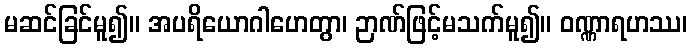
မဆင်ခြင်မူ၍။ အပရိယောဂါဟေတွာ၊ ဉာဏ်ဖြင့်မသက်မူ၍။ ဝဏ္ဏာရဟဿ၊